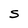
Character: S